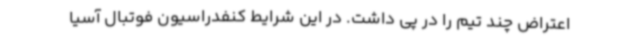
اعتراض چند تیم را در پی داشت. در این شرایط کنفدراسیون فوتبال آسیا